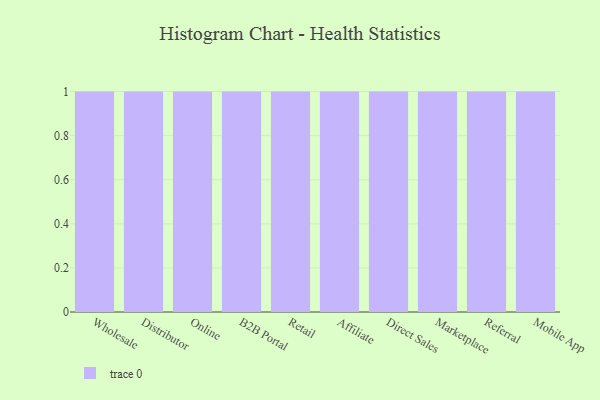
{"axis": {"x": "Channel", "y": "Bounce Rate (%)"}, "legend": [""], "data": [{"x": "Wholesale", "y": 93, "type": ""}, {"x": "Distributor", "y": 93, "type": ""}, {"x": "Online", "y": 100, "type": ""}, {"x": "B2B Portal", "y": 78, "type": ""}, {"x": "Retail", "y": 90, "type": ""}, {"x": "Affiliate", "y": 89, "type": ""}, {"x": "Direct Sales", "y": 16, "type": ""}, {"x": "Marketplace", "y": 65, "type": ""}, {"x": "Referral", "y": 83, "type": ""}, {"x": "Mobile App", "y": 2, "type": ""}]}